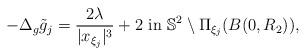
LaTeX: \begin{align*}-\Delta_g \tilde{g}_j =\frac{2\lambda}{|x_{\xi_j}|^3}+2 \textrm{ in } \mathbb{S}^2\setminus \Pi_{\xi_j}(B(0,R_2)),\end{align*}